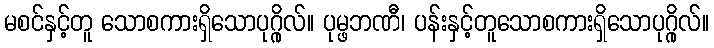
မစင်နှင့်တူ သောစကားရှိသောပုဂ္ဂိုလ်။ ပုမ္ဖဘဏီ၊ ပန်းနှင့်တူသောစကားရှိသောပုဂ္ဂိုလ်။